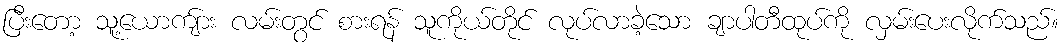
ပြီးတော့ သူ့ယောကျ်ား လမ်းတွင် စားရန် သူကိုယ်တိုင် လုပ်လာခဲ့သော ချာပါတီထုပ်ကို လှမ်းပေးလိုက်သည်။